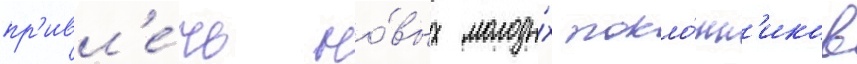
пр'ивл'е́чь но́вых молоды́х покло́нн'иков